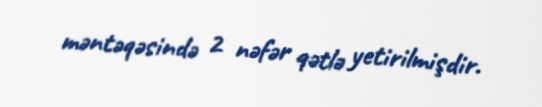
məntəqəsində 2 nəfər qətlə yetirilmişdir.